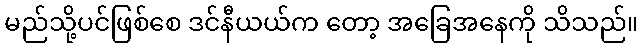
မည်သို့ပင်ဖြစ်စေ ဒင်နီယယ်က တော့ အခြေအနေကို သိသည်။